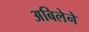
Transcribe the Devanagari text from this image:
अबिलेने